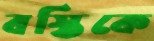
বস্তিকে